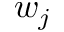
w _ { j }